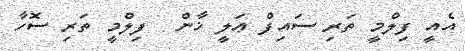
އެއީ ފިލްމީ ތަރި ސައިފް ޢަލީ ޚާން  ފިލްމީ ތަރި ސޮހާ